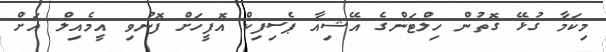
މިކަމާ ގުޅޭ ގޮތުން ހިލްޓަންގެ އޭޝިއާ ޕެސިފިކް އޮފީހަށް ފޮނުވި އީމެއިލް އަށް